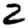
Digit: 2